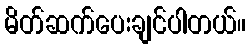
မိတ်ဆက်ပေးချင်ပါတယ်။